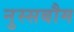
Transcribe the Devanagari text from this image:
नुस्सबौम